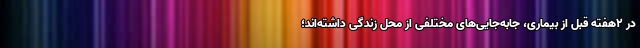
در ۲هفته قبل از بیماری، جابه‌جایی‌های مختلفی از محل زندگی داشته‌اند؛